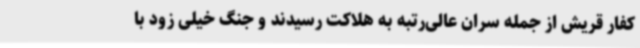
کفار قریش از جمله سران عالی‌رتبه به هلاکت رسیدند و جنگ خیلی زود با